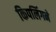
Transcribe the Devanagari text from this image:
किपलिंगने